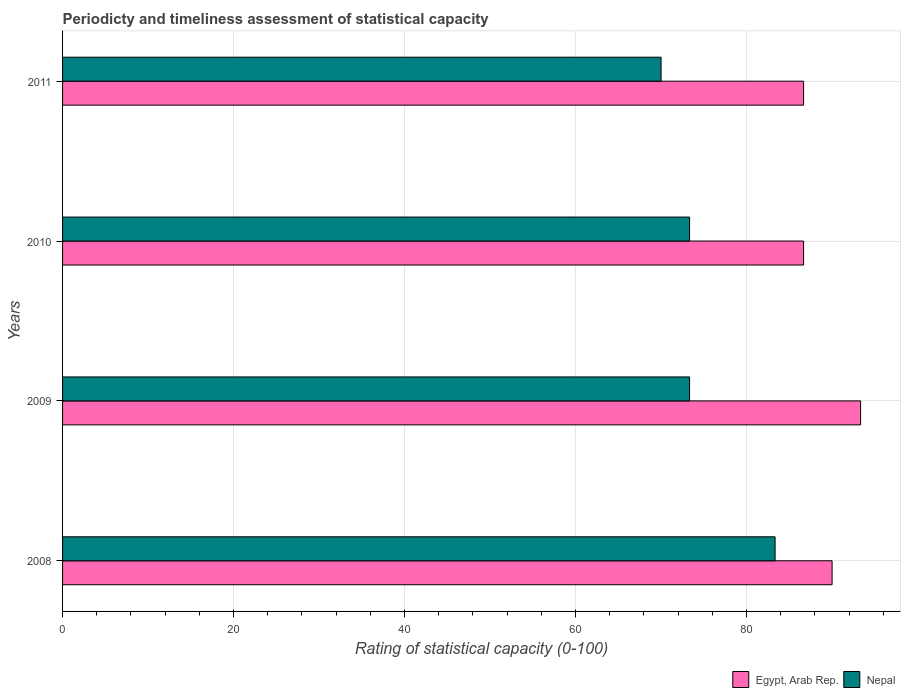
| Years | Egypt, Arab Rep. | Nepal |
 | --- | --- | --- |
 | 2008 | 90 | 83.3 |
 | 2009 | 93.3 | 73.3 |
 | 2010 | 86.7 | 73.3 |
 | 2011 | 86.7 | 70 |